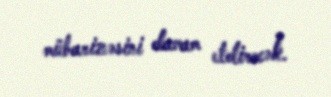
mübarizəsini davam etdirəcək.